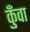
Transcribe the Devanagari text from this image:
कुँवा